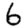
Digit: 6